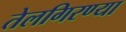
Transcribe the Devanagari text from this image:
तेलगिरण्या